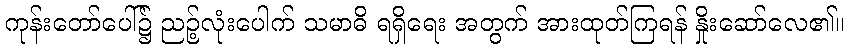
ကုန်းတော်ပေါ်၌ ညဉ့်လုံးပေါက် သမာဓိ ရရှိရေး အတွက် အားထုတ်ကြရန် နှိုးဆော်လေ၏။